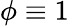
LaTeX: \phi\equiv 1